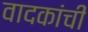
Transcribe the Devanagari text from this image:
वादकांची